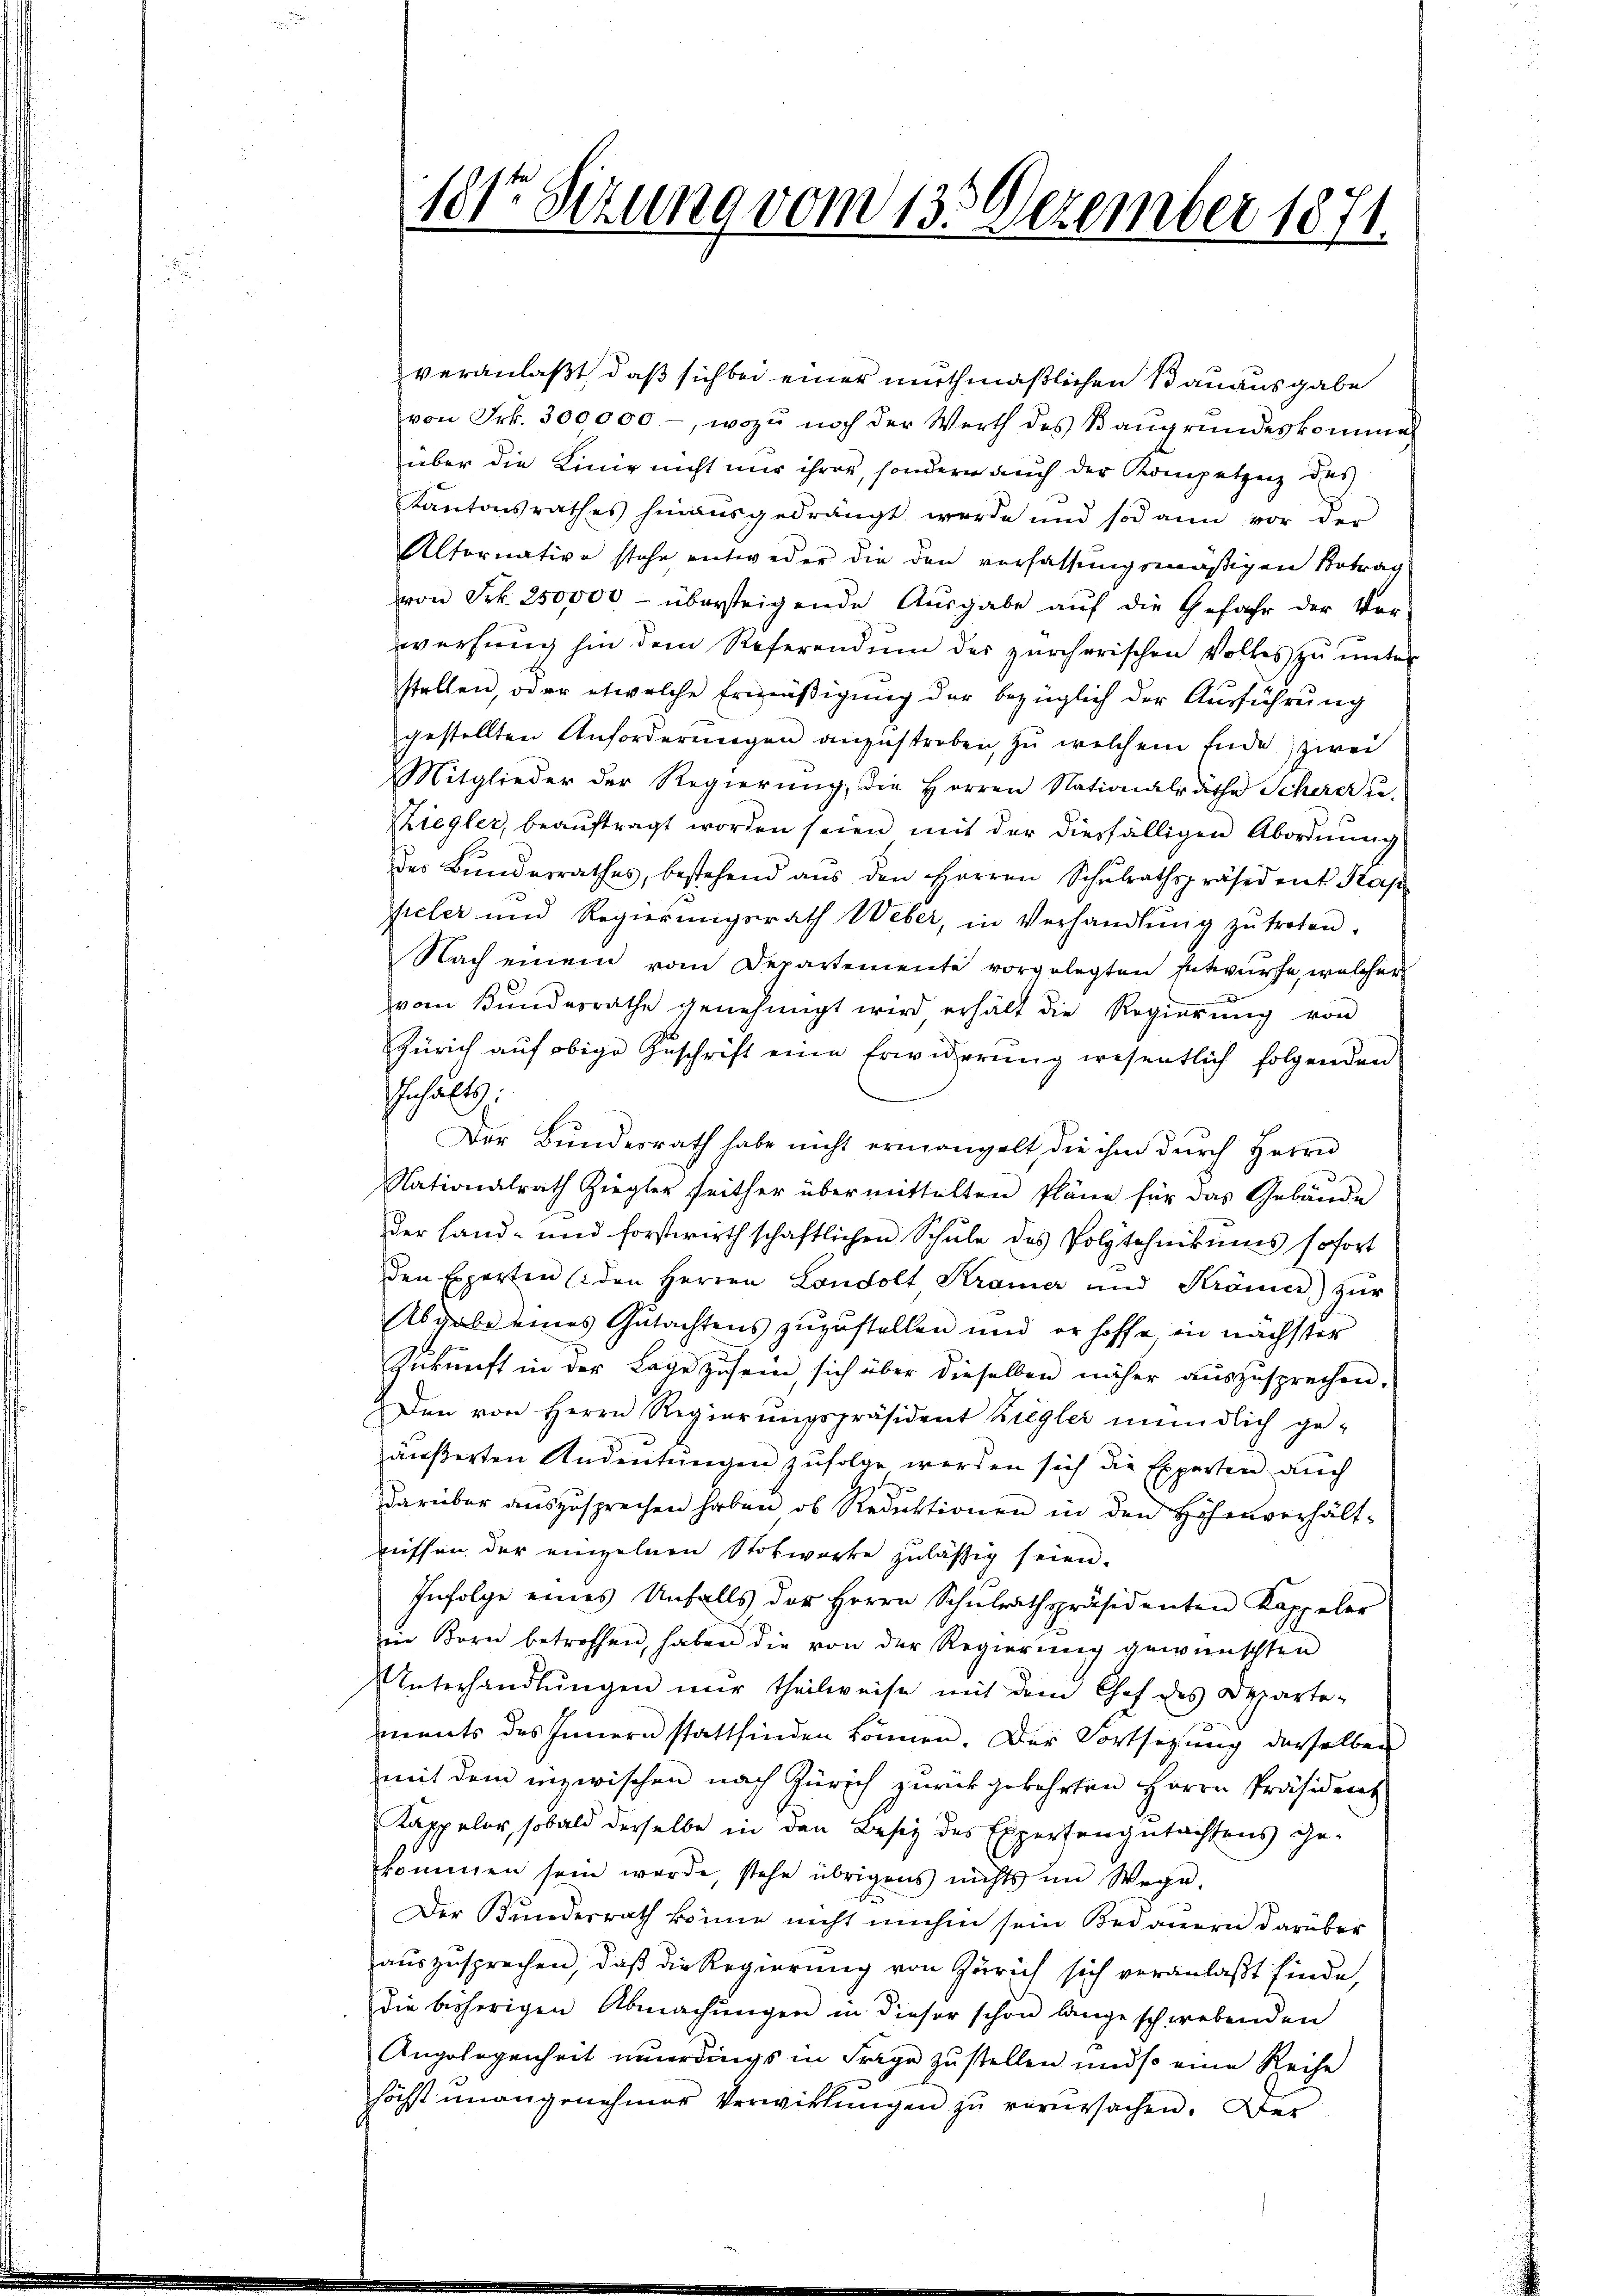
18sten Setzung vom 13. Dezember 1871.

veranlaßt, daß sich bei einer muthmaßlichen Bauausgabe
von Frk. 300,000.-, wozu noch der Werth des Baugrundeskommen
über die Linie nicht nur ihrer, sondern auch der Kompetzenz des
Kantonsrathes hinausgedrängt werde und sodann vor der
Altornative stehe entweder die den verfassungsmäßigen Betrag
von Frk. 250,000 - übersteigende Ausgabe aŭf die Gefahr der Vor-
würfŭng hin dem Referendum des zürcherischen Volkes zŭ ŭnter
stellen, oder etwelche Ermäßigung der bezüglich der Ausführung
gestellten Anforderŭngen anzustreben zŭ welchem Ende zwei
Mitglieder der Regierŭng, die Herren Nationalräthe Schere u.
Ziegler, beaŭftragt worden seien mit der diesfälligen Abordnŭng
des Bundesrathes, bestehend aŭs den Herren Schŭlrathspräsident Kap
peler und Regierŭngsrath Weber, in Verhandlŭng zŭ treten.
Nach einem vom Departemente vorgelegten Entwurfe, welcher
vom Bundesrathe genehmigt wird erhält die Regierŭng von
Zürich auf obige Zuschrift eine Erwiderung wesentlich folgenden
Gehalt
Der Bŭndesrath habe nicht ermangelt die ihm dŭrch Herrn
d.
Nationalrath Ziegler seither übermittelten Pläne für das Gebäude
der Land- und forstwirthschaftlichen Schule des Polytechnikums sofort
den Experten (den Herren Londolt Kramer und Krämer) zŭr
Abgabe eines Gutachtens zuzustellen und er hoffe in nächster
Zukunft in der Lage zu sein, sich über dieselben näher auszusprechen.
Den von Herrn Regierŭngspräsident Ziegler mündlich ge-
äußerten Andeutungen zufolge werden sich die Experten auch
darüber auszusprechen haben, ob Reduktionen in den Höhenverhält-
nissen der einzelnen Stokworte zuläßig seien.
Infolge eines Unfalls der Herrn Schulrathspräsidenten Kappeler
in Bern betroffen, haben die von der Regierŭng gewünschten
Unterhandlŭngen nur theilweise mit dem Chef des Departe-
ments des Innern stattfinden können. Der Fortsetzŭng derselben
mit dem inzwischen nach Zürich zurückgekehrten Herrn Präsident
Kappeler, sobald derselbe in den Besiz des Expertengutachtens ge-
kommen sein werde, stehe übrigens nichts im Wege-
Der Bundesrath könne nicht umhin sein Bedauern darüber
auszusprechen, daß die Regierung von Zürich sich veranlaßt finde,
die bisherigen Abmachŭngen in dieser schon lange schwebenden
Angelegenheit neuerdings in Frage zustellen und so eine Reihe
höchst unangenehmer Verwittŭngen zŭ verursachen. Der